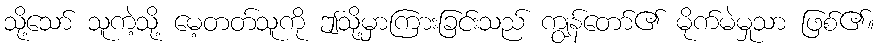
သို့သော် သူကဲ့သို့ မေ့တတ်သူကို ဤသို့မှာကြားခြင်းသည် ကျွန်တော်၏ မိုက်မဲမှုသာ ဖြစ်၏။